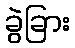
ခွဲခြား